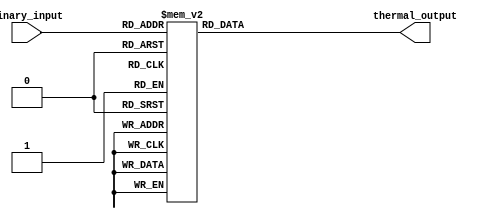
module thermal_encoder (
    input  wire [2:0] binary_input,  // 3-bit binary input
    output reg  [3:0] thermal_output  // 4-bit thermal output
);

always @* begin
    case (binary_input)
        3'd0: thermal_output = 4'b0000; // Thermal representation for 0
        3'd1: thermal_output = 4'b0001; // Thermal representation for 1
        3'd2: thermal_output = 4'b0010; // Thermal representation for 2
        3'd3: thermal_output = 4'b0011; // Thermal representation for 3
        3'd4: thermal_output = 4'b0100; // Thermal representation for 4
        3'd5: thermal_output = 4'b0101; // Thermal representation for 5
        3'd6: thermal_output = 4'b0110; // Thermal representation for 6
        3'd7: thermal_output = 4'b0111; // Thermal representation for 7
        default: thermal_output = 4'b0000; // Default case
    endcase
end

endmodule